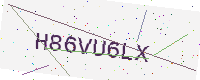
Text: H86VU6LX